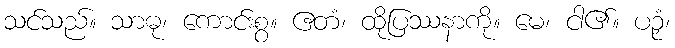
သင်သည်။ သာဓု၊ ကောင်းစွ။ ဧတံ၊ ထိုပြဿနာကို။ မေ၊ ငါ၏။ ပဉှံ၊